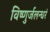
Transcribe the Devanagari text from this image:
विष्णुर्जलन्धरं